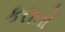
કરાતો